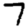
Digit: 7